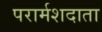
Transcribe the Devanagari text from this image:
परार्मशदाता